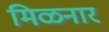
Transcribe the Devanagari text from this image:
मिळनार